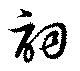
詞